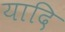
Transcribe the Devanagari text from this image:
यादि